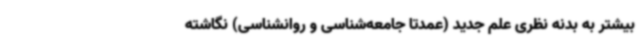
بیشتر به بدنه نظری علم جدید (عمدتا جامعه‌شناسی و روانشناسی) نگاشته